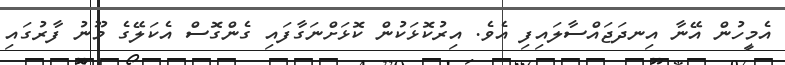
އެމީހުން އޭނާ އިނދަޖައްސާލައިފި އެވެ. އިރުކޮޅަކުން ކޮޅަށްނަގާފައި ގެންގޮސް އެކަލޭގެ މޫނު ފާރުގައި